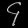
Digit: ၄